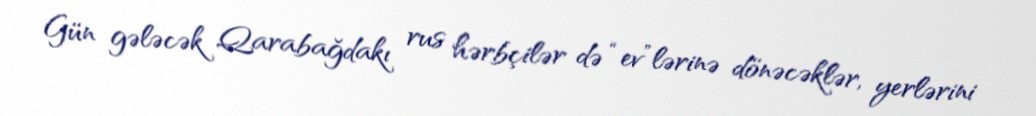
Gün gələcək Qarabağdakı rus hərbçilər də “ev”lərinə dönəcəklər, yerlərini